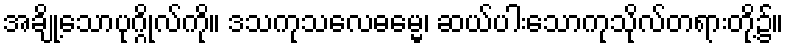
အချို့သောပုဂ္ဂိုလ်ကို။ ဒသကုသလေဓမ္မေ၊ ဆယ်ပါးသောကုသိုလ်တရားတို့၌။